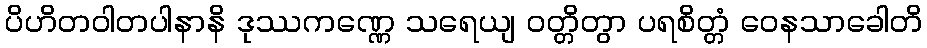
ပိဟိတဝါတပါနာနိ ဒုဿကဏ္ဏေ သရေယျ ဝတ္တိတွာ ပရစိတ္တံ ဝေနသာခေါတိ